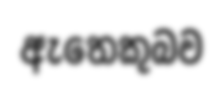
ඇතෙකුබව